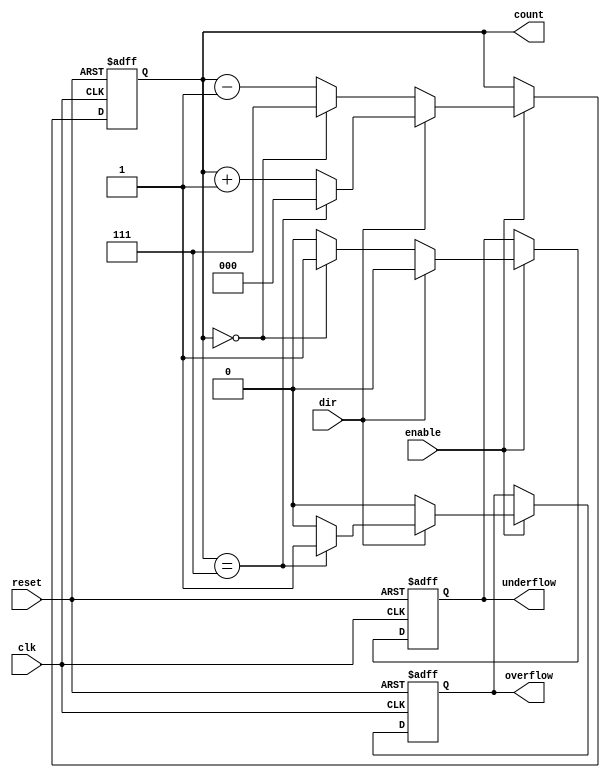
module synchronous_counter (
    input wire clk,          // Clock input
    input wire reset,        // Asynchronous reset
    input wire enable,       // Enable signal
    input wire dir,          // Direction control (1 for up, 0 for down)
    output reg [2:0] count,  // 3-bit counter output
    output reg overflow,      // Overflow flag
    output reg underflow      // Underflow flag
);

    // Parameter for maximum count value
    parameter MAX_COUNT = 3'b111; // 7 for a 3-bit counter
    parameter MIN_COUNT = 3'b000; // 0 for a 3-bit counter

    // Always block for synchronous counting
    always @(posedge clk or posedge reset) begin
        if (reset) begin
            count <= MIN_COUNT; // Reset count to 0
            overflow <= 0;      // Clear overflow flag
            underflow <= 0;     // Clear underflow flag
        end else if (enable) begin
            if (dir) begin // Up counting
                if (count == MAX_COUNT) begin
                    count <= MIN_COUNT; // Wrap around to 0
                    overflow <= 1;      // Set overflow flag
                end else begin
                    count <= count + 1; // Increment count
                    overflow <= 0;      // Clear overflow flag
                end
                underflow <= 0; // Clear underflow flag
            end else begin // Down counting
                if (count == MIN_COUNT) begin
                    count <= MAX_COUNT; // Wrap around to max value
                    underflow <= 1;     // Set underflow flag
                end else begin
                    count <= count - 1; // Decrement count
                    underflow <= 0;     // Clear underflow flag
                end
                overflow <= 0; // Clear overflow flag
            end
        end
    end

endmodule